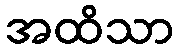
အထိသာ